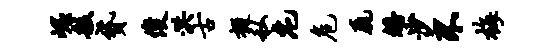
崛般贷俊洪古掇私庀危毳皤沙不梅